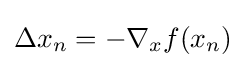
\Delta x_{n}=-\nabla _{x}f(x_{n})